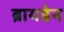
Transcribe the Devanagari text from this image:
ब्रायडेन